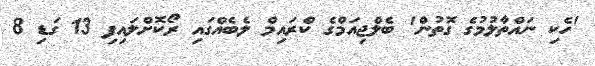
'ހެކި ނައްތާލުމުގެ ގޮތުން' ބެލްޖިއަމްގެ ކްރައިމް ލެބެއްގައި ރޯކޮށްލައިފި 13 ގަޑި 8